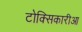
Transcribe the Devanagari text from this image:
टोक्सिकारीआ